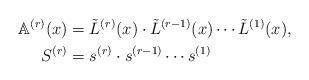
LaTeX: \begin{align*}\mathbb{A}^{(r)}(x) &= \tilde{L}^{(r)}(x)\cdot \tilde{L}^{(r-1)}(x) \cdots \tilde{L}^{(1)}(x),\\S^{(r)} &= s^{(r)}\cdot s^{(r-1)} \cdots s^{(1)}\end{align*}